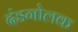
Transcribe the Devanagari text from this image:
दंडगोलक